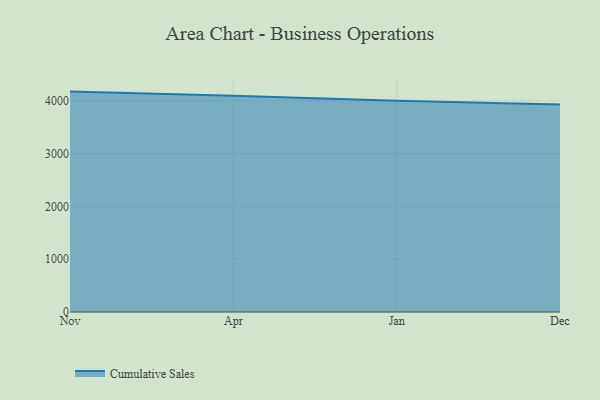
{"axis": {"x": "Month", "y": "Budget (USD K)"}, "legend": ["Cumulative Sales"], "data": [{"x": "Nov", "y": 4172.9, "type": "Cumulative Sales"}, {"x": "Apr", "y": 4094.9, "type": "Cumulative Sales"}, {"x": "Jan", "y": 4000.7, "type": "Cumulative Sales"}, {"x": "Dec", "y": 3926.8, "type": "Cumulative Sales"}]}